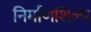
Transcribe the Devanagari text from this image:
निर्माणशिल्प